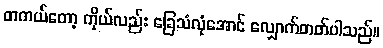
တကယ်တော့ ကိုယ်လည်း ခြေသံလုံအောင် လျှောက်တတ်ပါသည်။